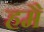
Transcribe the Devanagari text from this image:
हमै